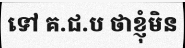
ទៅ គ.ជ.ប ថាខ្ញុំមិន